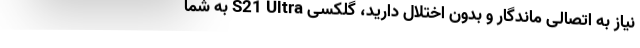
نیاز به اتصالی ماندگار و بدون اختلال دارید، گلکسی S21 Ultra به شما